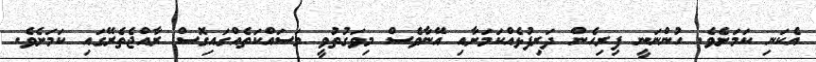
އެކަނި ކަމަށެވެ. ހުންނަނީ ފިރިހެން ދަރިފުޅެއްކަމަށާއި އޭނާވެސް މިވަގުތުވީ މަސައްކަތެއްގައިގޮސް ރާއްޖެތެރޭގައި ކަމަށެވެ.